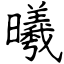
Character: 曦